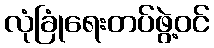
လုံခြုံရေးတပ်ဖွဲ့ဝင်